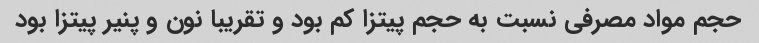
حجم مواد مصرفی نسبت به حجم پیتزا کم بود و تقریبا نون و پنیر پیتزا بود